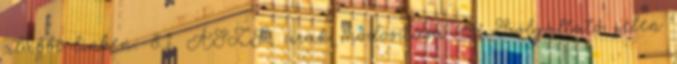
alábbi linken: 8.1. ÁSZF, árak módosítása A Szolgáltató jelen